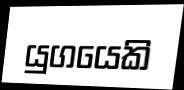
යුගයෙකි